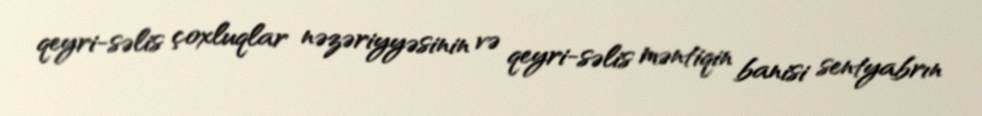
qeyri-səlis çoxluqlar nəzəriyyəsinin və qeyri-səlis məntiqin banisi sentyabrın